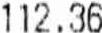
112.36